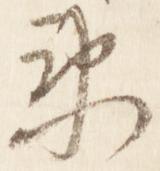
衛